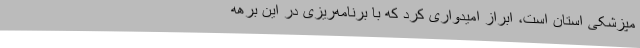
مپزشکی استان است، ابراز امیدواری کرد که با برنامه‌ریزی در این برهه